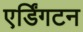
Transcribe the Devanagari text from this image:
एर्डिंगटन